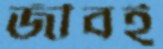
জীবই